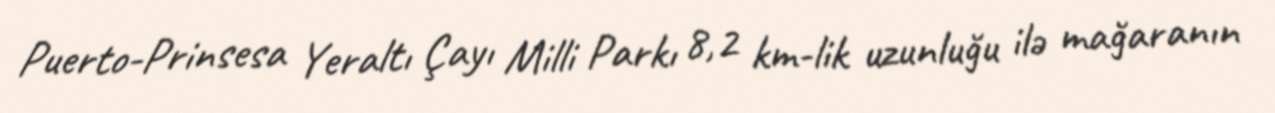
Puerto-Prinsesa Yeraltı Çayı Milli Parkı 8,2 km-lik uzunluğu ilə mağaranın